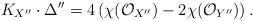
LaTeX: \begin{gather*}K_{X^{\prime\prime}}\cdot \Delta^{\prime\prime}=4\left(\chi(\mathcal{O}_{X^{\prime\prime}})-2\chi(\mathcal{O}_{Y^{\prime\prime}})\right).\end{gather*}